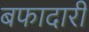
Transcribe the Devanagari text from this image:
बफादारी